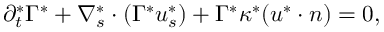
\partial _ { t } ^ { * } \Gamma ^ { * } + \nabla _ { s } ^ { * } \cdot ( \Gamma ^ { * } \boldsymbol { u } _ { s } ^ { * } ) + \Gamma ^ { * } \kappa ^ { * } ( \boldsymbol { u } ^ { * } \cdot \boldsymbol { n } ) = 0 ,